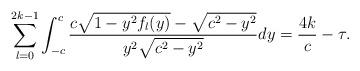
LaTeX: \begin{align*}\sum_{l=0}^{2k-1} \int_{-c}^{c} \frac{c\sqrt{1-y^2f_{l}(y)}-\sqrt{c^2-y^2}}{y^2\sqrt{c^2-y^2}}dy=\frac{4k}{c}-\tau. \end{align*}